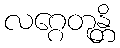
လဂ္ဂေတုန္တိ